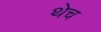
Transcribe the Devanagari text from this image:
थेच